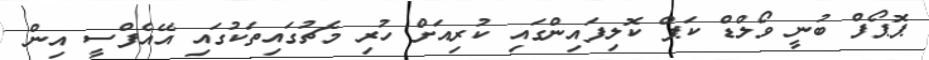
ޕޮޕޯފް ބުނީ ވޯލްޑް ކަޕް ކޮލިފައިންގައި ކުރިއަށް ހުރި މެޗުގައިތަކުގައި އޭއެފްސީ އިން